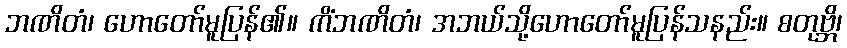
ဘဏိတံ၊ ဟောတော်မူပြန်၏။ ကိံဘဏိတံ၊ အဘယ်သို့ဟောတော်မူပြန်သနည်း။ စတုဗ္ဘိ၊